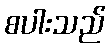
စပါးသည်